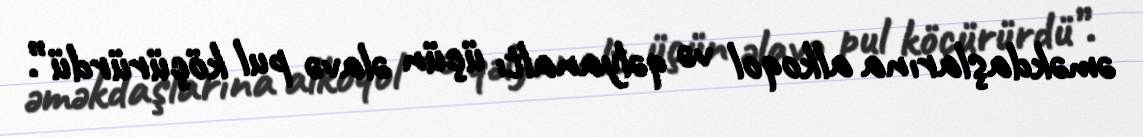
əməkdaşlarına alkoqol və qəlyanaltı üçün əlavə pul köçürürdü”.